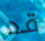
قد